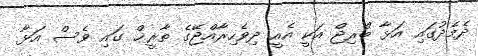
ދެމެދުގައި އަޅާ ބްރިޖް އަކީ އެއީ ދިވެހިރާއްޖޭގެ ތާރީޚް ގައި ވެސް އަޅާ